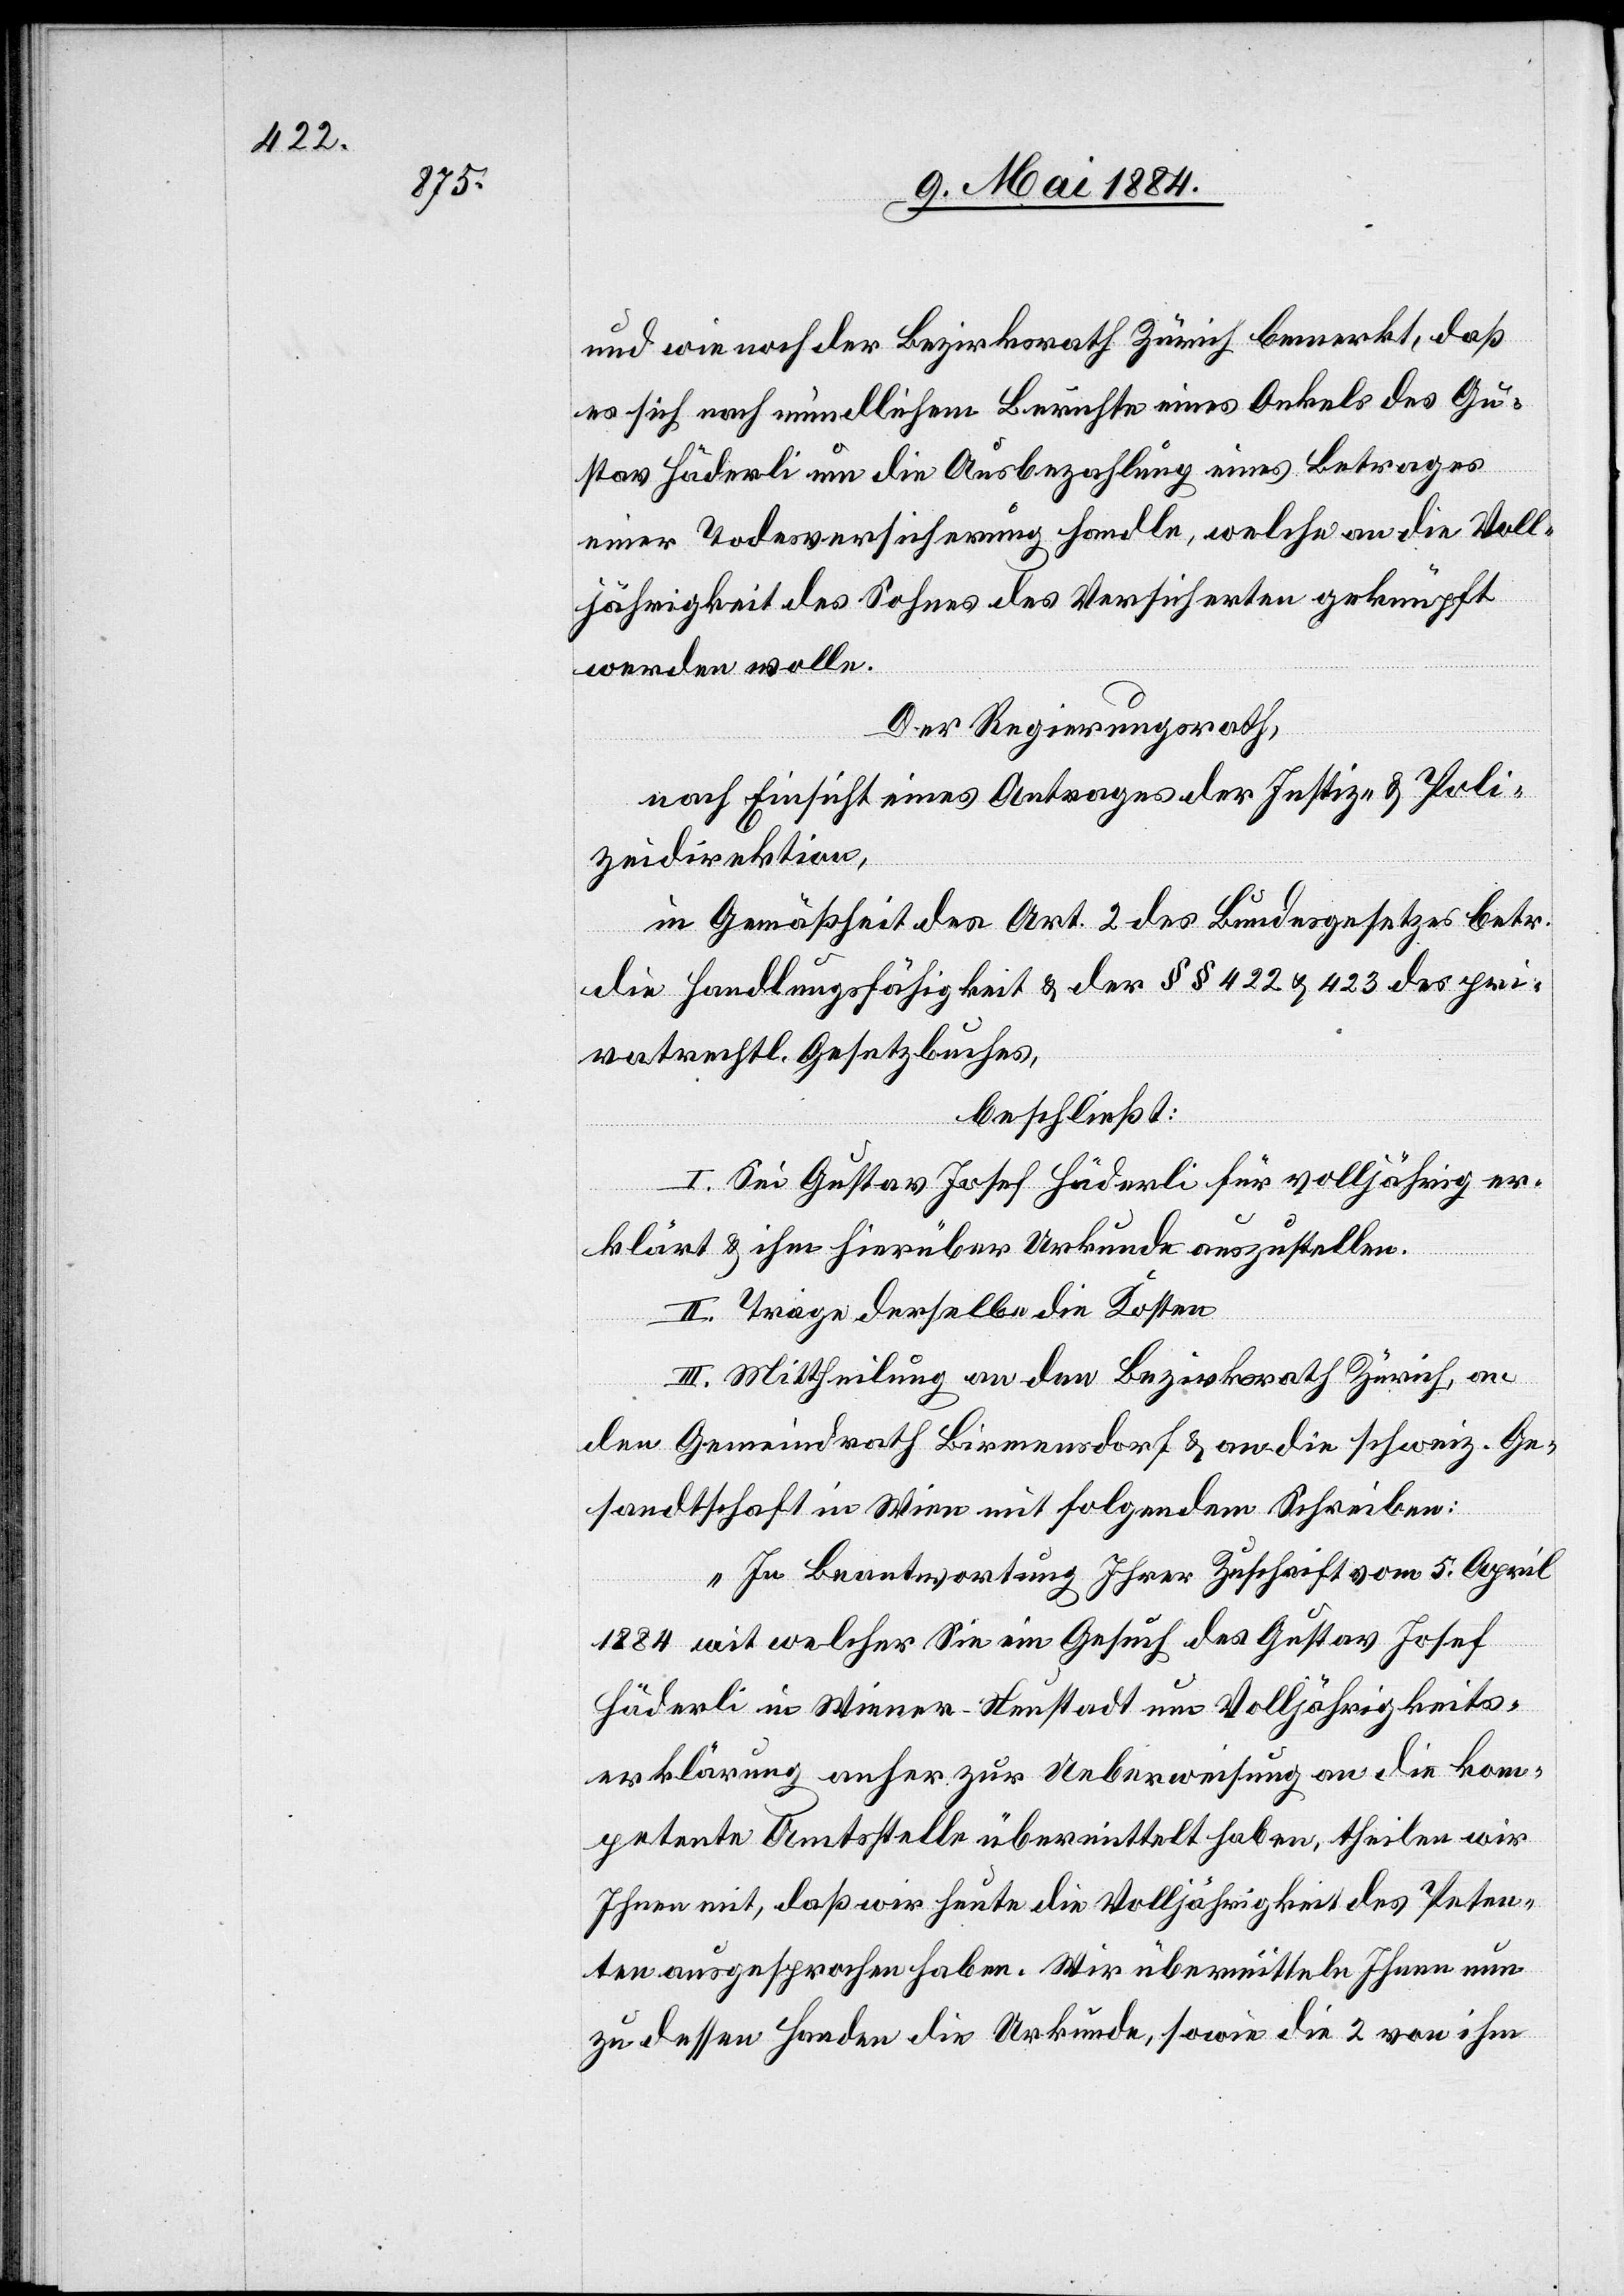
und wie noch der Bezirksrath Zürich bemerkt, daß
es sich nach mündlichem Berichte eines Onkels des Gu¬
stav Häderli um die Ausbezahlung eines Betrages
einer Todesversicherung handle, welche an die Voll¬
jährigkeit des Sohnes des Versicherten geknüpft
werden wolle.
Der Regierungsrath,
nach Einsicht eines Antrages der Justiz- & Poli¬
zeidirektion,
in Gemäßheit des Art. 2 des Bundesgesetzes betr.
die Handlungsfähigkeit & der §§ 422 & 423 des pri¬
vatrechtl. Gesetzbuches,
beschließt:
I. Sei Gustav Josef Häderli für volljährig er¬
klärt & ihm hierüber Urkunde auszustellen.
II. Trage derselbe die Kosten.
III. Mittheilung an den Bezirksrath Zürich, an
den Gemeindrath Birmensdorf & an die schweiz. Ge¬
sandtschaft in Wien mit folgendem Schreiben:
„In Beantwortung Ihrer Zuschrift vom 5. April
1884 mit welcher Sie ein Gesuch des Gustav Josef
Häderli in Wiener-Neustadt um Volljährigkeits¬
erklärung anher zur Ueberweisung an die kom¬
petente Amtsstelle übermittelt haben, theilen wir
Ihnen mit, daß wir heute die Volljährigkeit des Peten¬
ten ausgesprochen haben. Wir übermitteln Ihnen nun
zu dessen Handen die Urkunde, sowie die 2 von ihm